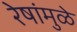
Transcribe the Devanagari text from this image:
रेषांमुळे